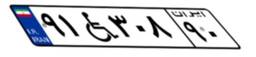
۹۱W۳۰۸۹۰